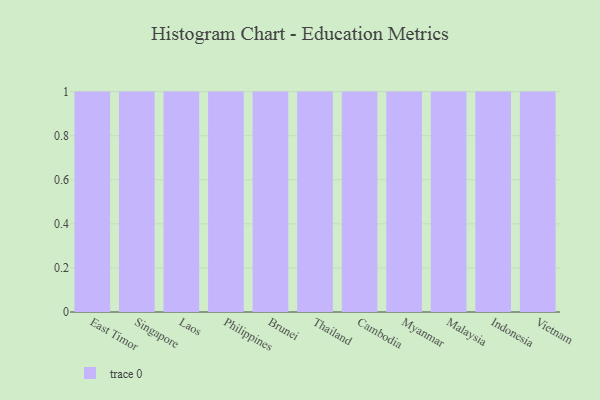
{"axis": {"x": "Country", "y": "Population (Million)"}, "legend": [""], "data": [{"x": "East Timor", "y": 30, "type": ""}, {"x": "Singapore", "y": 79, "type": ""}, {"x": "Laos", "y": 44, "type": ""}, {"x": "Philippines", "y": 46, "type": ""}, {"x": "Brunei", "y": 81, "type": ""}, {"x": "Thailand", "y": 12, "type": ""}, {"x": "Cambodia", "y": 60, "type": ""}, {"x": "Myanmar", "y": 26, "type": ""}, {"x": "Malaysia", "y": 47, "type": ""}, {"x": "Indonesia", "y": 82, "type": ""}, {"x": "Vietnam", "y": 81, "type": ""}]}